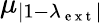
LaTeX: \mu_{|1-\lambda_{\mathrm{~e~x~t~}}|}